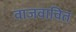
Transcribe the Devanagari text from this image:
वाजवावित